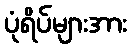
ပုံရိပ်များအား